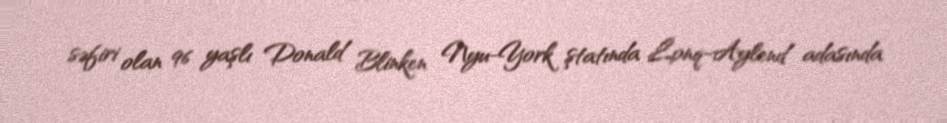
səfiri olan 96 yaşlı Donald Blinken Nyu-York ştatında Lonq-Aylend adasında